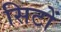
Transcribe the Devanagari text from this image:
सिटों